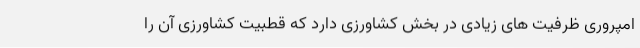
امپروری ظرفیت های زیادی در بخش کشاورزی دارد که قطبیت کشاورزی آن را